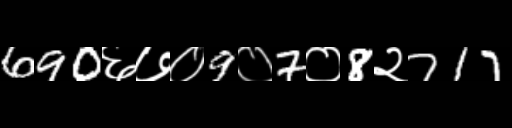
Text: 690६७०9०7०8२717